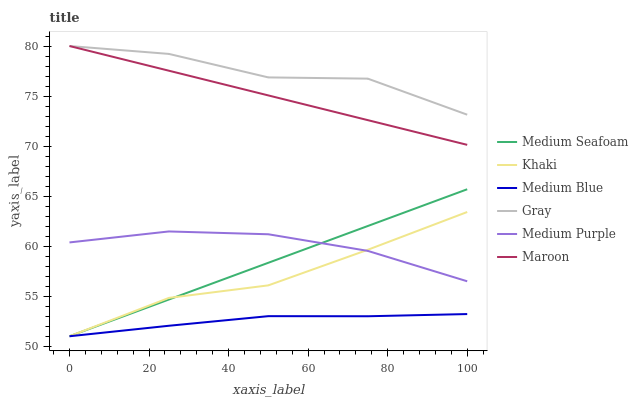
| xaxis_label | Medium Seafoam | Khaki | Medium Blue | Gray | Medium Purple | Maroon |
 | --- | --- | --- | --- | --- | --- | --- |
 | 0 | 51 | 51 | 51 | 80 | 60.4 | 80 |
 | 25 | 54.7 | 54.8 | 52 | 79.2 | 61.5 | 77.5 |
 | 50 | 58.3 | 56.1 | 53 | 76.9 | 61.2 | 75.1 |
 | 75 | 62 | 59.6 | 53 | 76.7 | 59.5 | 72.6 |
 | 100 | 65.7 | 63.4 | 53.2 | 73.1 | 56.5 | 70.1 |